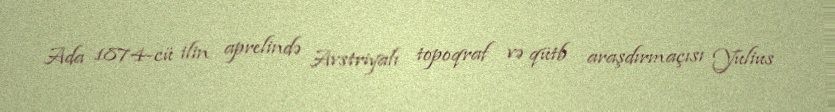
Ada 1874-cü ilin aprelində Avstriyalı topoqraf və qütb araşdırmaçısı Yulius